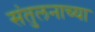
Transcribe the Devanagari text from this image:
संतुलनाच्या